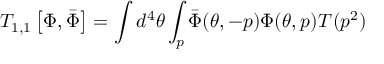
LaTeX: { \cal T } _ { 1 , 1 } ^ { \L } \left[ \Phi , \bar { \Phi } \right] = \int d ^ { 4 } \theta \int _ { p } \bar { \Phi } ( \theta , - p ) \Phi ( \theta , p ) T ^ { \L } ( p ^ { 2 } )